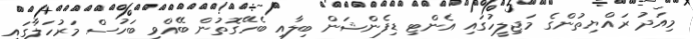
މިއަދު ރައްޔިތުންގެ މަޖިލީހުގައި އެންޓި ޑިފެންޝަން ބިލާއި ބެހޭގޮތުން ބޭއްވި ބަހުސް މަރުހަލާގައި